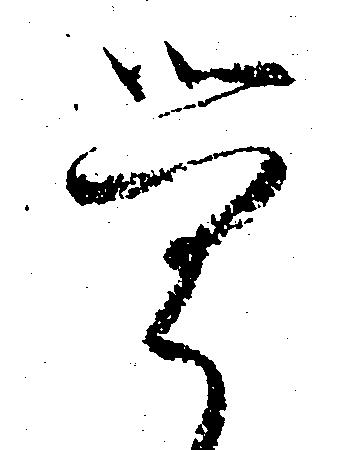
覚